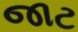
જાટ